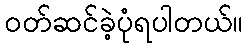
ဝတ်ဆင်ခဲ့ပုံရပါတယ်။